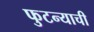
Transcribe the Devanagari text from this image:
फुटन्याची